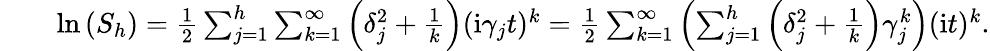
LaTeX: \begin{array}{rlr}&{}&{\mathrm{ln}\left(S_{h}\right)=\frac{1}{2}\sum_{j=1}^{h}\sum_{k=1}^{\infty}\left(\delta_{j}^{2}+\frac{1}{k}\right)(\mathrm{i}\gamma_{j}t)^{k}=\frac{1}{2}\sum_{k=1}^{\infty}\left(\sum_{j=1}^{h}\left(\delta_{j}^{2}+\frac{1}{k}\right)\gamma_{j}^{k}\right)(\mathrm{i}t)^{k}.}\end{array}